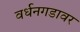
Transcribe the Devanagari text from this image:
वर्धनगडावर